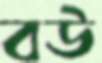
বউ